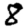
Digit: 8